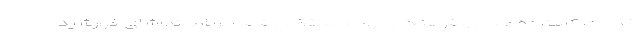
خدمات گسترده علمی و فرهنگی مهدی محقق در قالب برنامه تماشای خورشید